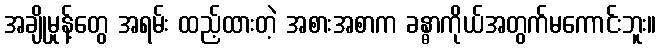
အချိုမှုန့်တွေ အရမ်း ထည့်ထားတဲ့ အစားအစာက ခန္ဓာကိုယ်အတွက်မကောင်းဘူး။